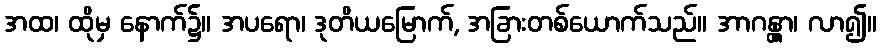
အထ၊ ထိုမှ နောက်၌။ အပရော၊ ဒုတိယမြောက်, အခြားတစ်ယောက်သည်။ အာဂန္တွာ၊ လာ၍။